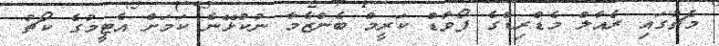
މެޗުގައި ރެއާލް މެޑްރިޑްގެ ފޯވާޑް ކަރީމް ބެންޒެމާ ނުކުޅޭނެ ކަމަށް އެޓީމުގެ ކޯޗު